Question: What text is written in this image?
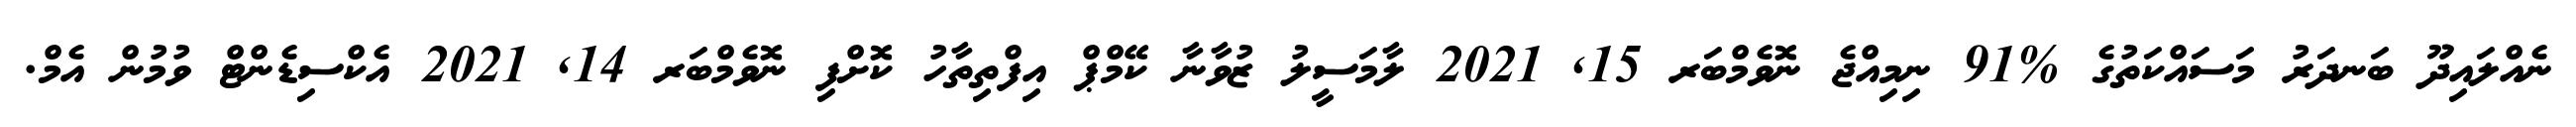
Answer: ނެއްލައިދޫ ބަނދަރު މަސައްކަތުގެ %91 ނިމިއްޖެ ނޮވެމްބަރ 15, 2021 ލާމަސީލު ޒުވާނާ ކޭމްޕް އިފްތިތާހު ކޮށްފި ނޮވެމްބަރ 14, 2021 އެކްސިޑެންޓް ވުމުން އެމް.